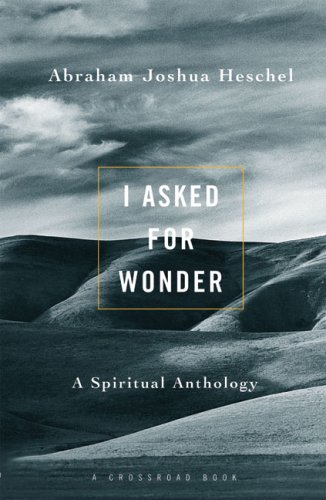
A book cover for I Asked For Wonder: A Spiritual Anthology; Abraham Joshua Heschel; Religion & Spirituality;